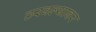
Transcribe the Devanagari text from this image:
ठरवल्यावर